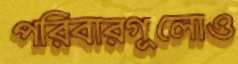
পরিবারগুলোও